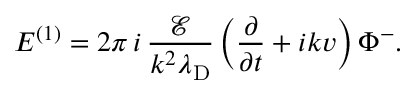
E ^ { ( 1 ) } = 2 \pi \, i \, \frac { \mathcal { E } } { k ^ { 2 } \lambda _ { \mathrm { D } } } \left( \frac { \partial } { \partial t } + i k v \right) \Phi ^ { - } .